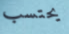
يحتسب